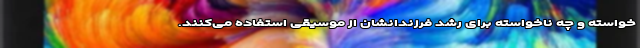
خواسته و چه ناخواسته برای رشد فرزندانشان از موسیقی استفاده می‌کنند.